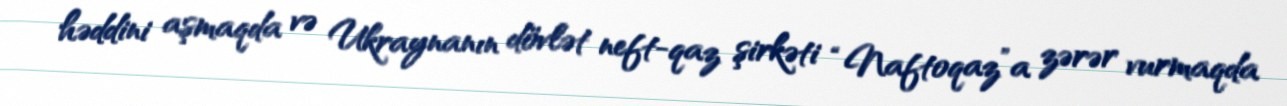
həddini aşmaqda və Ukraynanın dövlət neft-qaz şirkəti “Naftoqaz”a zərər vurmaqda